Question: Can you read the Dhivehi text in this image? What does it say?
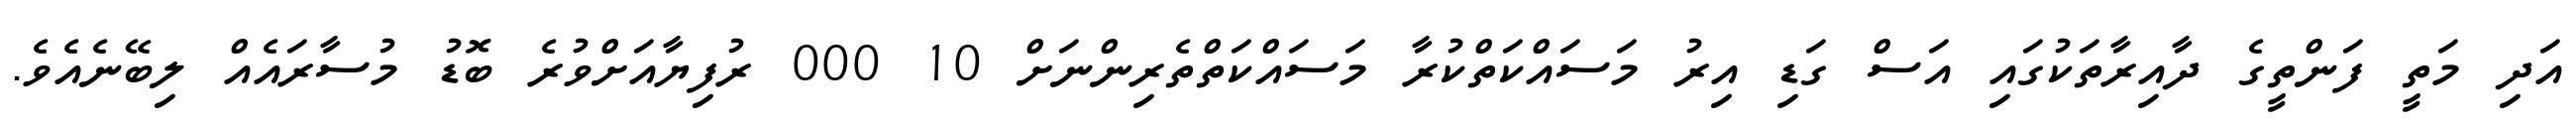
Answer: އަދި މަތީ ފަންތީގެ ދާއިރާތަކުގައި އަސް ގަޑި އިރު މަސައްކަތްކުރާ މަސައްކަތްތެރިންނަށް 10 000 ރުފިޔާއަށްވުރެ ބޮޑު މުސާރައެއް ލިބޭނެއެވެ.